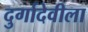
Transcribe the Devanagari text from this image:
दुर्गादेवीला